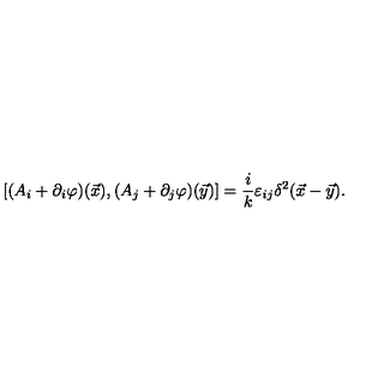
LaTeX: [ ( A _ { i } + \partial _ { i } \varphi ) ( \vec { x } ) , ( A _ { j } + \partial _ { j } \varphi ) ( \vec { y } ) ] = \frac i k \varepsilon _ { i j } \delta ^ { 2 } ( \vec { x } - \vec { y } ) .